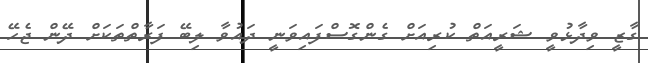
ގާޒީ ވިދާޅުވީ ޝަރީއަތް ކުރިއަށް ގެންގޮސްފައިވަނީ ދައުވާ ލިބޭ ފަރާތްތަކަށް ދޭން ޖެހޭ